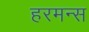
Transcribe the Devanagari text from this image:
हरमन्स